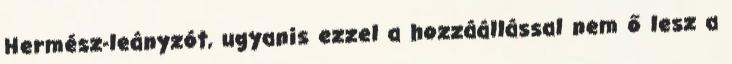
Hermész-leányzót, ugyanis ezzel a hozzáállással nem ő lesz a